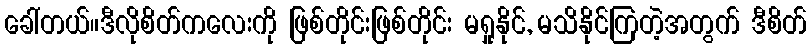
ခေါ်တယ်။ဒီလိုစိတ်ကလေးကို ဖြစ်တိုင်းဖြစ်တိုင်း မရှုနိုင်, မသိနိုင်ကြတဲ့အတွက် ဒီစိတ်